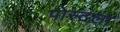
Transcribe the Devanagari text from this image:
पोस्टला